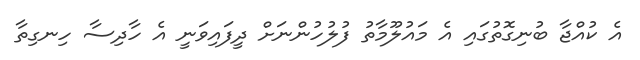
އެ ކުއްޖާ ބުނިގޮތުގައި އެ މައުލޫމާތު ފުލުހުންނަށް ދީފައިވަނީ އެ ހާދިސާ ހިނގިތާ